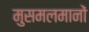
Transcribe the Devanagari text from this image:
मुसमलमानों